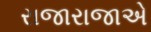
રાજારાજાએ